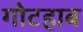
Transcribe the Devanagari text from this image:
गोटहाब